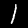
Digit: 1